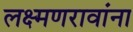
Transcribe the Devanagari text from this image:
लक्ष्मणरावांना